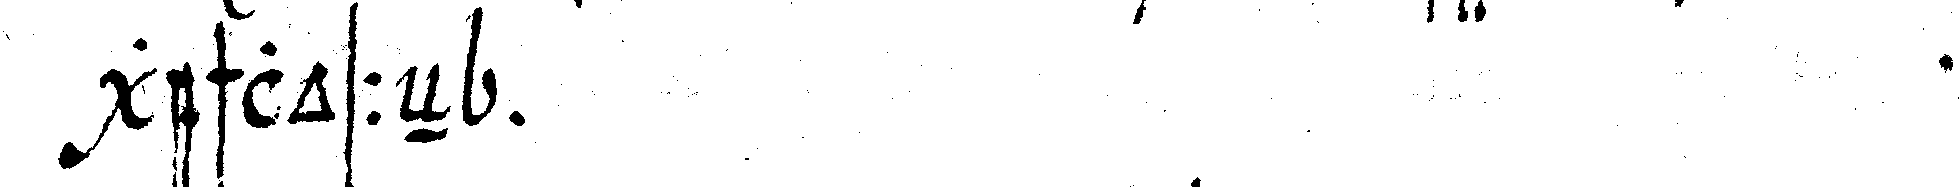
geschlosseN .